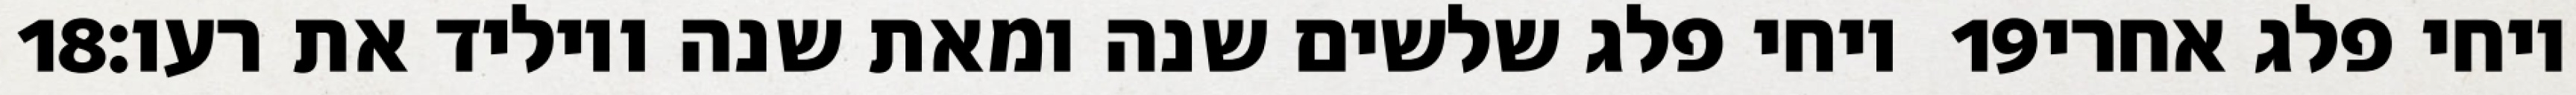
‎18‏ ויחי פלג שלשים שנה ומאת שנה ויוליד את רעו׃ ‎19‏ ויחי פלג אחרי